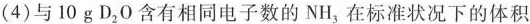
(4)与10gD_{2}O含有相同电子数的NH_{3}在标准状况下的体积